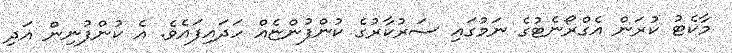
މާކެޓު ކުރަން އެގްރޯނެޓުގެ ނަމުގައި ސަރުކާރުގެ ކުންފުންޏެއް ހަދައިފައެވެ. އެ ކުންފުނިން އަދި